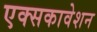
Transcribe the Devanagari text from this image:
एक्सकावेशन